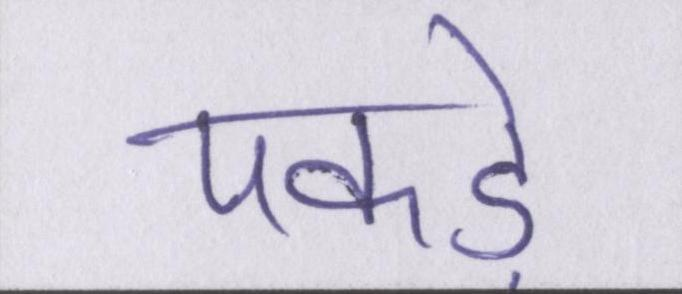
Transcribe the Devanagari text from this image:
पकड़े